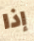
إذا